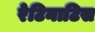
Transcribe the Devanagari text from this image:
रेटिनाटिस